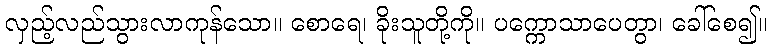
လှည့်လည်သွားလာကုန်သော။ စောရေ၊ ခိုးသူတို့ကို။ ပက္ကောသာပေတွာ၊ ခေါ်စေ၍။